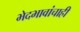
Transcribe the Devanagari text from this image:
भेदभावांचाही